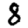
Digit: 8